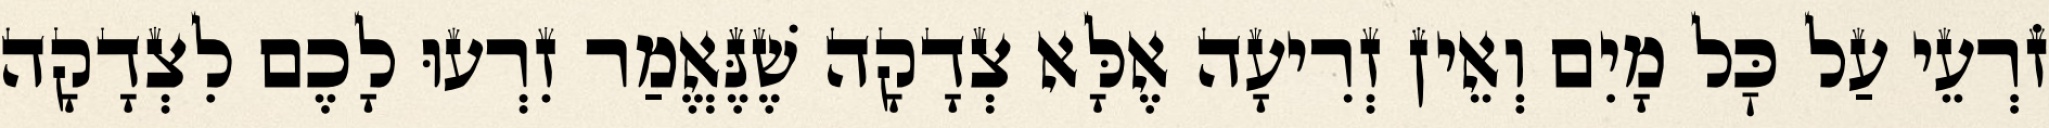
זֹרְעֵי עַל כׇּל מָיִם וְאֵין זְרִיעָה אֶלָּא צְדָקָה שֶׁנֶּאֱמַר זִרְעוּ לָכֶם לִצְדָקָה